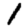
Digit: 1